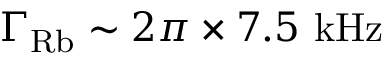
\Gamma _ { \mathrm { R b } } \sim 2 \pi \times 7 . 5 ~ \mathrm { k H z }